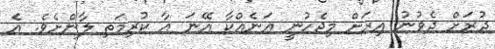
ދުރަށް ދެވުނު އިރަށް މިޖެހުނީ އަނެއްކާ އޭނަ އާ ކުރިމަތި ލާންށެވެ. އެ